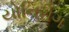
યોનિરોગ